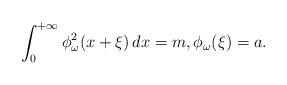
LaTeX: \begin{align*} \int_0^{+\infty}\phi^2_\omega (x +\xi) \, dx = m, \phi_\omega (\xi) = a.\end{align*}